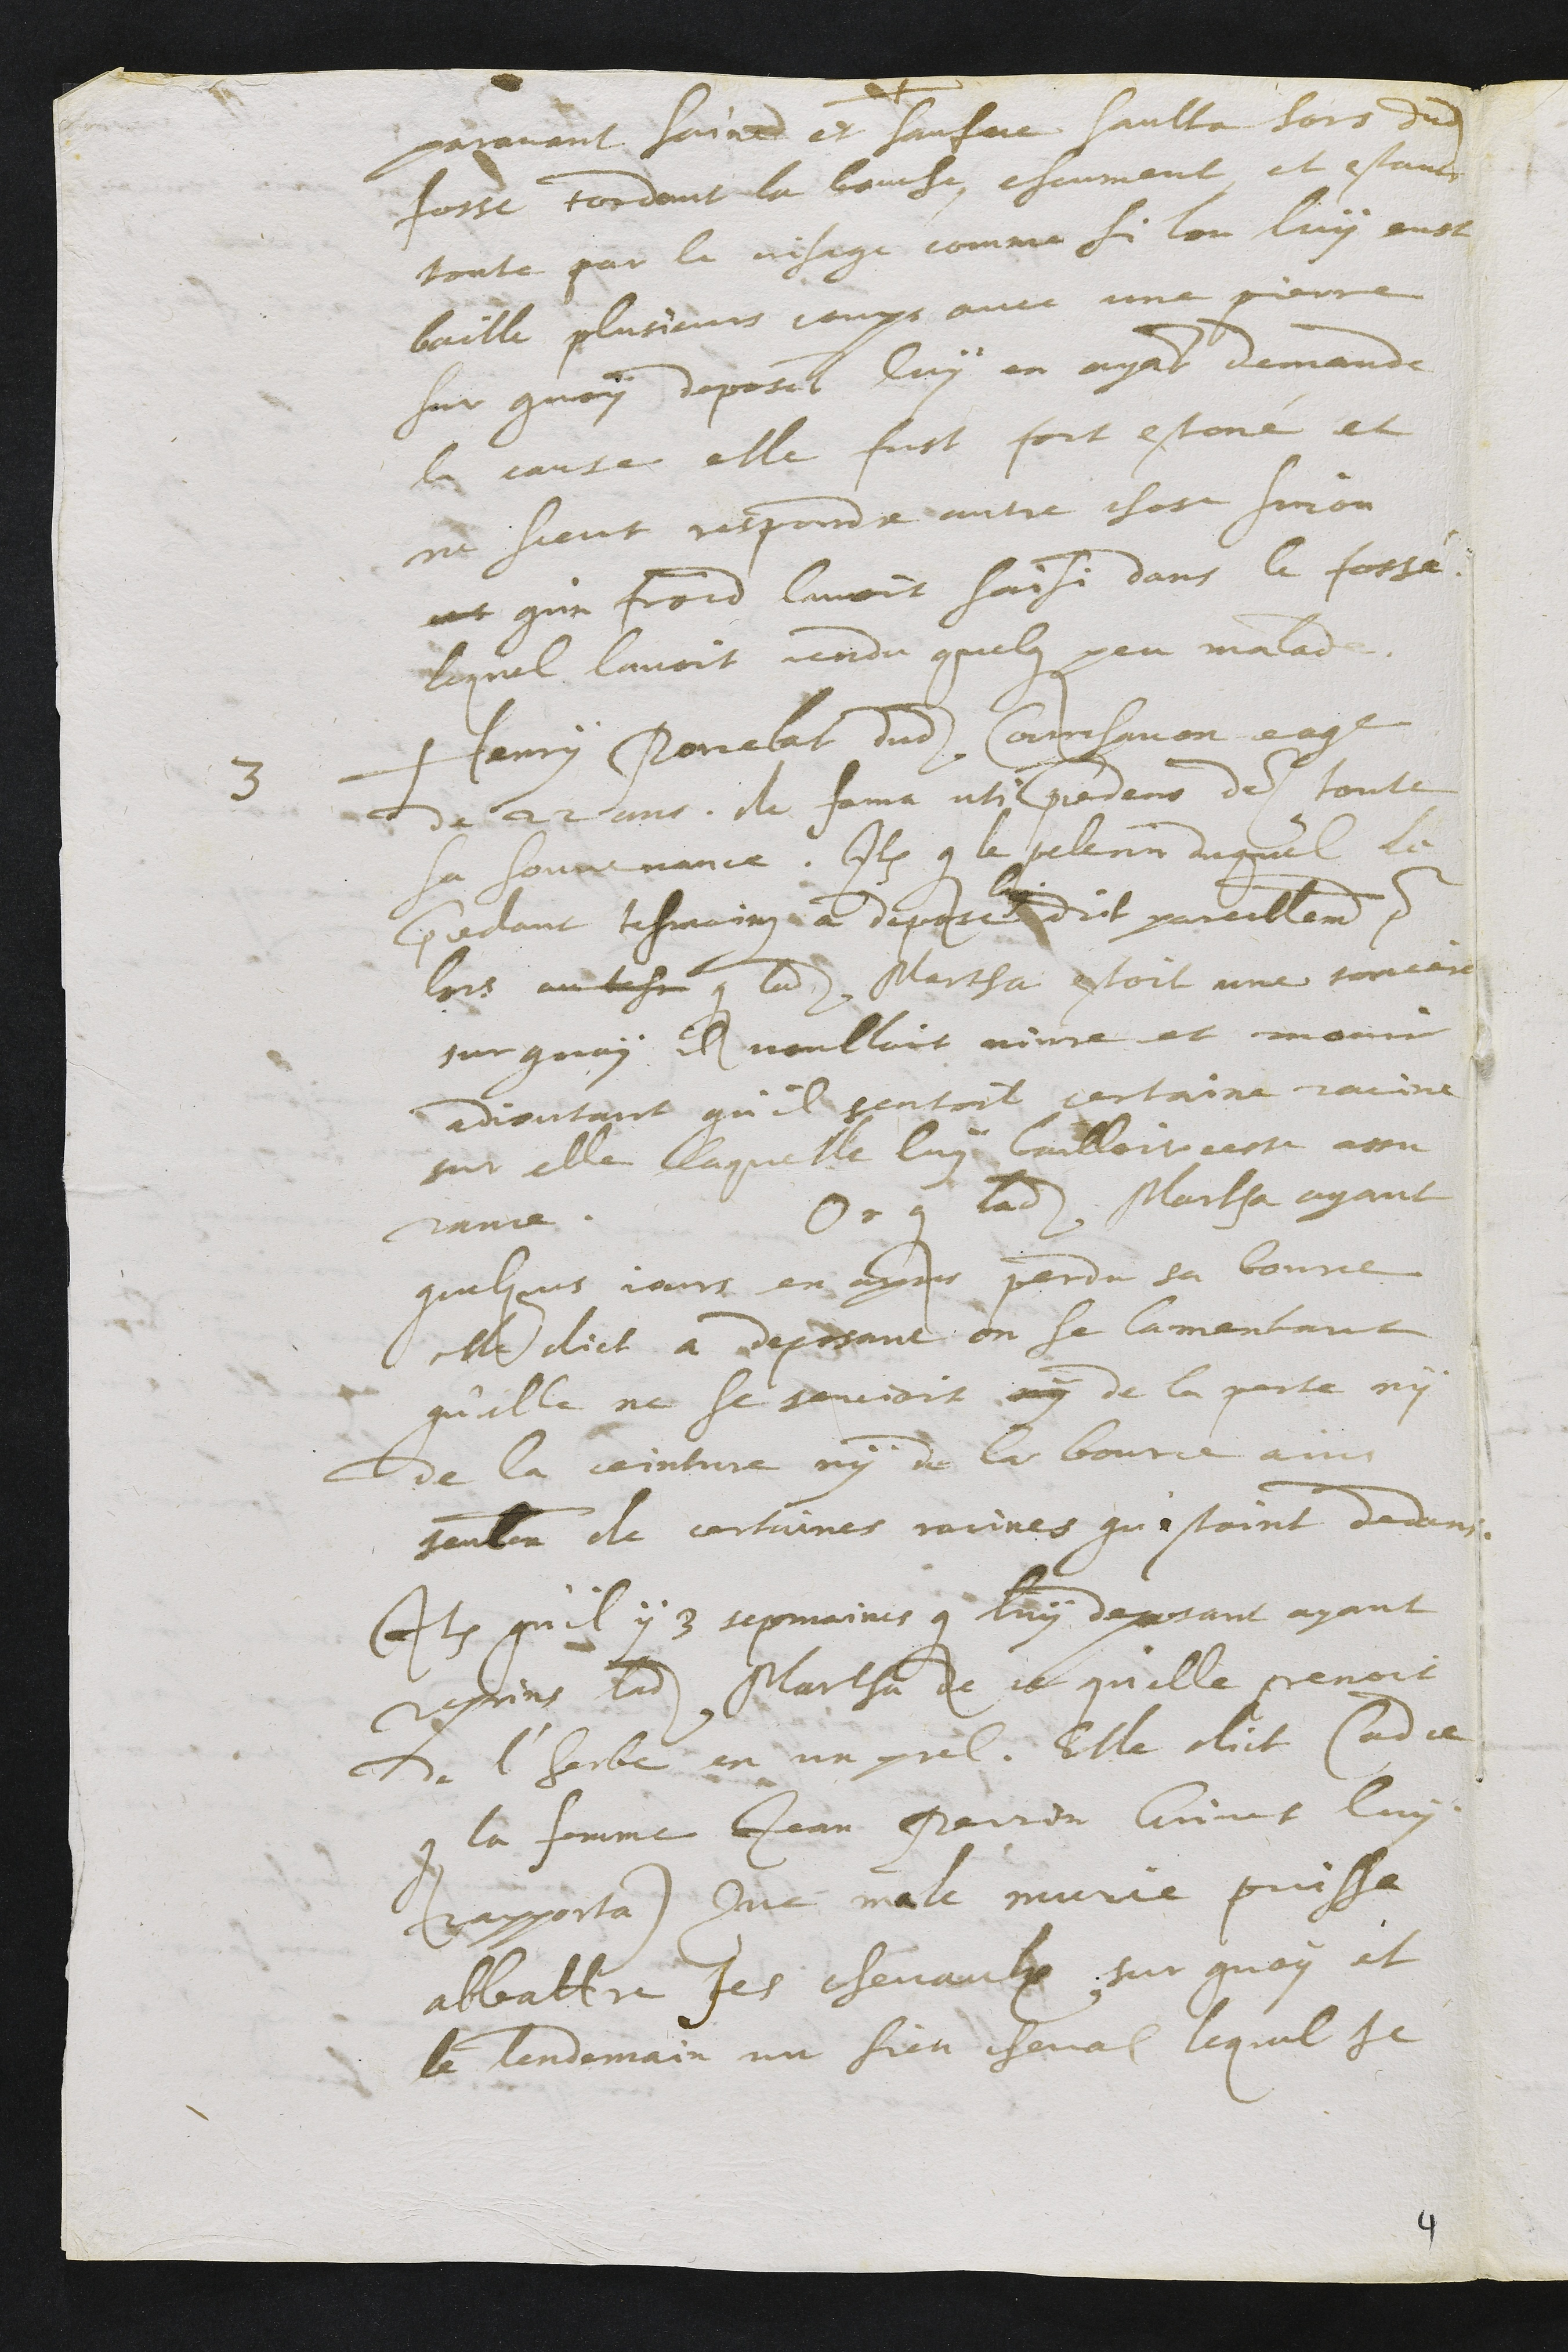
paravant saine et saufve saulta hors dudit
fosse tordant la bouche, escumant et estant
toute par le visage comme si lon luy eust
baille plusieurs coups avec une pierre
sur quoy deposant luy en ayant demande
la cause elle fust fort estoné et
ne sceut respondre autre chose sinon
net qu'un froid lavoit saisi dans le fossé
lequel lavoit rendu quelque peu malade.
3 Henri Porcelat dudit Courchavon eage
de 22 ans de fama uti precedens des toute
sa souvenance Item que le pelerin duquel le
precedant tesmoing a depose
luy
dict pareillement pour
lors au tesm que ladite Martha estoit une sorciere
sur quoy il voulloit vivre et mourir
adjoutant qu'il sentoit certaine racine
sur elle laquelle luy bailloit ceste assu
rance. Or que ladite Martha ayant
quelques jours en apres perdu sa bource
elle dict a deposant en se lamentant
qu'elle ne se sentoit ny de la perte ny
de la ceinture ny de la bource ains
seulement de certaines racines qu'estoint dedans.
Item qu'il y 3 sepmaines que luy deposant ayant
reprins ladite Martha de ce qu'elle prenoit
de l'herbe en un prel, Elle dict (ad ce
que la femme Jean Perrin Grivet luy
rapporta) Que male murie puisse
abbattre ses chevaulx sur quoy il
le lendemain un sien cheval lequel se